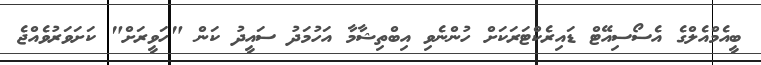
ބީއެމްއެލްގެ އެސޯސިއޭޓް ޑައިރެކްޓަރަކަށް ހުންނެވި އިބްތިޝާމާ އަހުމަދު ސައީދު ކަން "ހަވީރަށް" ކަށަވަރުވެއްޖެ